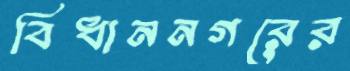
বিধাননগরের